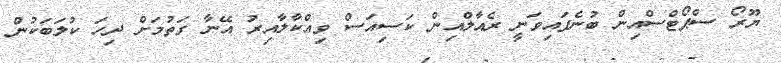
ޔޫރޯ ސްޕޯޓްސްއިން ބުނެފައިވަނީ ރެއާލްއިން ކަސިއަސް ވިއްކާލާއިރު އޭނާ ގަތުމަށް ދިހަ ކުލަބަކުން